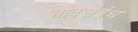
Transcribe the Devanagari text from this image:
भावसंबंध